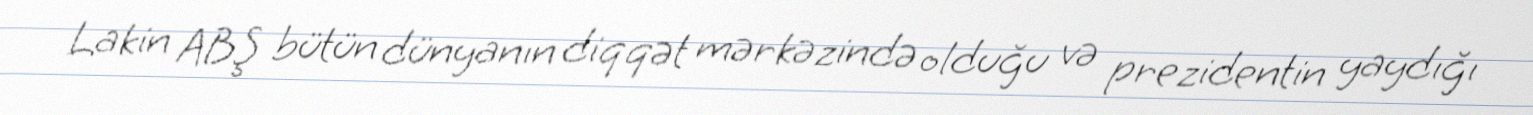
Lakin ABŞ bütün dünyanın diqqət mərkəzində olduğu və prezidentin yaydığı